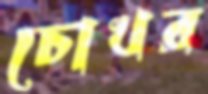
চোখর